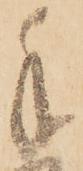
手